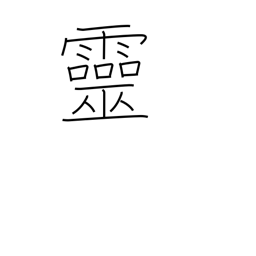
Meaning: spirit